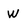
Character: w